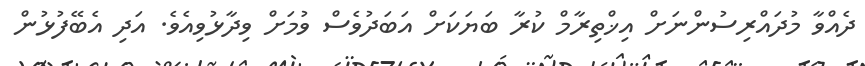
ދެއްވާ މުދައްރިސުންނަށް އިޚްތިރާމް ކުރާ ބަޔަކަށް އަބަދުވެސް ވުމަށް ވިދާޅުވިއެވެ. އަދި އެބޭފުޅުން